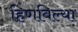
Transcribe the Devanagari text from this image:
हिणविल्या